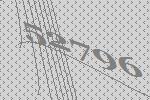
52796